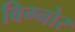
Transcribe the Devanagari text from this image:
बिग्नोर